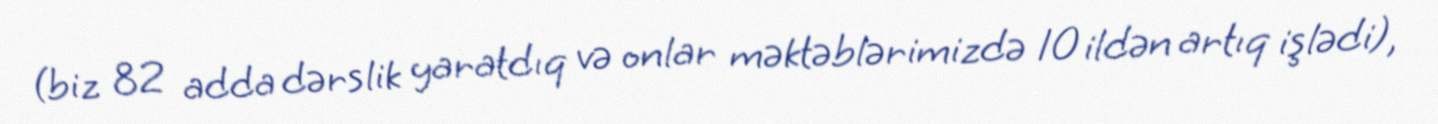
(biz 82 adda dərslik yaratdıq və onlar məktəblərimizdə 10 ildən artıq işlədi),